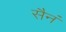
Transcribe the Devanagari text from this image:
सैनं